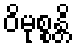
ဝိမုစ္စန္တိ